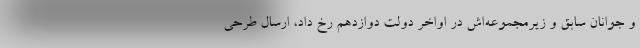
و جوانان سابق و زیرمجموعه‌اش در اواخر دولت دوازدهم رخ داد، ارسال طرحی